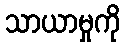
သာယာမှုကို